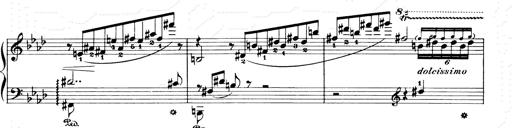
Title: Consolations and LiebestrÃ¤ume for the Piano
Composer: Franz Liszt